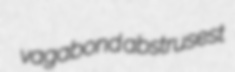
vagabond abstrusest